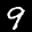
Label: 9